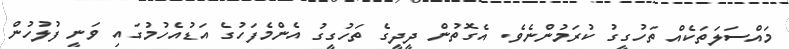
މައްސަލަތަކެއް ތަހުގީގު ކުރަމުންނެވެ. އެގޮތުން ދީދީގެ ތަހުގީގު އެންމެފަހުގެ އަޑުއެހުމުގައި ވަނީ ފުލުހުން